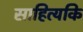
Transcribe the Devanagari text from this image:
साहित्यकि